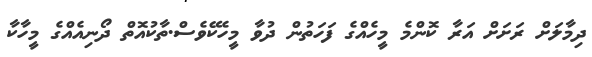
ދިމާލަށް ރަށަށް އަރާ ކޮންމެ މީހެއްގެ ފަހަތުން ދުވާ މީހެކޭވެސް.ތާކުއޮތް ދޯނިއެއްގެ މީހާކާ